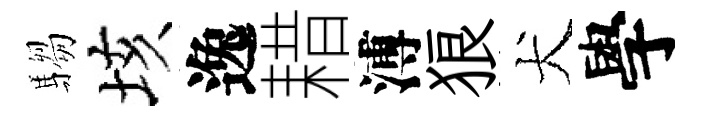
騶垓逸耤溥狼犬學